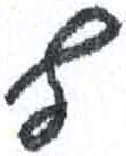
אות: ף